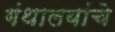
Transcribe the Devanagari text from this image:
गंथालयांचे